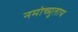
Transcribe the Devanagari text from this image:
नमोच्युताय